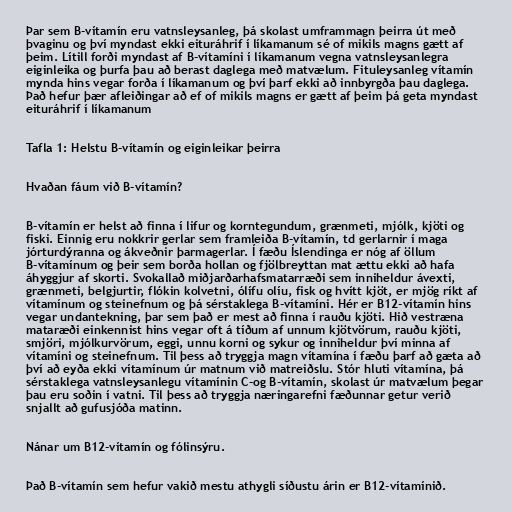
Þar sem B-vítamín eru vatnsleysanleg, þá skolast umframmagn þeirra út með
þvaginu og því myndast ekki eituráhrif í líkamanum sé of mikils magns gætt af
þeim. Lítill forði myndast af B-vítamíni í líkamanum vegna vatnsleysanlegra
eiginleika og þurfa þau að berast daglega með matvælum. Fituleysanleg vítamín
mynda hins vegar forða í líkamanum og því þarf ekki að innbyrgða þau daglega.
Það hefur þær afleiðingar að ef of mikils magns er gætt af þeim þá geta myndast
eituráhrif í líkamanum

Tafla 1: Helstu B-vítamín og eiginleikar þeirra

Hvaðan fáum við B-vítamín?

B-vítamín er helst að finna í lifur og korntegundum, grænmeti, mjólk, kjöti og
fiski. Einnig eru nokkrir gerlar sem framleiða B-vítamín, td gerlarnir í maga
jórturdýranna og ákveðnir þarmagerlar. Í fæðu Íslendinga er nóg af öllum
B-vítamínum og þeir sem borða hollan og fjölbreyttan mat ættu ekki að hafa
áhyggjur af skorti. Svokallað miðjarðarhafsmatarræði sem inniheldur ávexti,
grænmeti, belgjurtir, flókin kolvetni, ólífu olíu, fisk og hvítt kjöt, er mjög ríkt af
vítamínum og steinefnum og þá sérstaklega B-vítamíni. Hér er B12-vítamín hins
vegar undantekning, þar sem það er mest að finna í rauðu kjöti. Hið vestræna
mataræði einkennist hins vegar oft á tíðum af unnum kjötvörum, rauðu kjöti,
smjöri, mjólkurvörum, eggi, unnu korni og sykur og inniheldur því minna af
vítamíni og steinefnum. Til þess að tryggja magn vítamína í fæðu þarf að gæta að
því að eyða ekki vítamínum úr matnum við matreiðslu. Stór hluti vítamína, þá
sérstaklega vatnsleysanlegu vítamínin C-og B-vítamín, skolast úr matvælum þegar
þau eru soðin í vatni. Til þess að tryggja næringarefni fæðunnar getur verið
snjallt að gufusjóða matinn.

Nánar um B12-vítamín og fólinsýru.

Það B-vítamín sem hefur vakið mestu athygli síðustu árin er B12-vítamínið.